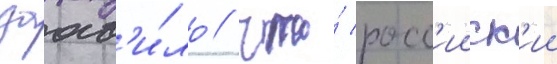
заав'и́ло / что́ росс'ииск'ии